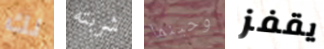
لك شربته وحينما يقفز